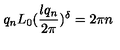
q _ { n } L _ { 0 } ( \frac { l q _ { n } } { 2 \pi } ) ^ { \delta } = 2 \pi n